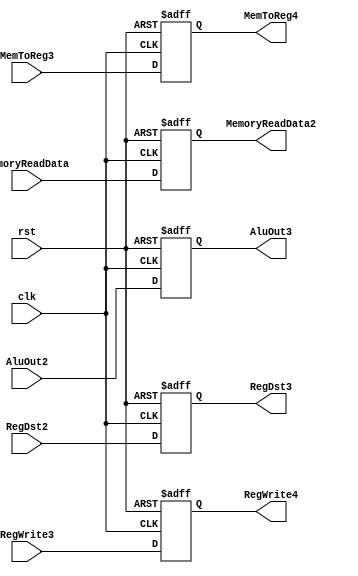
module MEM_WB(input clk, rst,input MemToReg3, RegWrite3, input [7:0] MemoryReadData, input [7:0] AluOut2, input [2:0] RegDst2,
              output reg MemToReg4, RegWrite4, output reg [7:0] MemoryReadData2, output reg[7:0] AluOut3, output reg [2:0] RegDst3);
  always@(posedge clk, posedge rst)
  begin
    if(rst) begin
      MemToReg4 <= 1'b0;
      RegWrite4 <= 1'b0;
      MemoryReadData2 <= 8'b0;
      AluOut3 <= 8'b0;
      RegDst3 <= 3'b0;
    end
    else if(clk) begin
      MemToReg4 <= MemToReg3;
      RegWrite4 <= RegWrite3;
      MemoryReadData2 <= MemoryReadData;
      AluOut3 <= AluOut2;
      RegDst3 <= RegDst2;
    end
    else begin 
      MemToReg4 <= MemToReg4;
      RegWrite4 <= RegWrite4;
      MemoryReadData2 <= MemoryReadData2;
      AluOut3 <= AluOut3;
      RegDst3 <= RegDst3;
    end
  end
  
endmodule